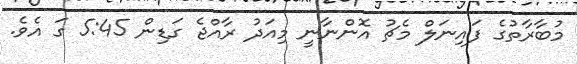
މުބާރާތުގެ ފައިނަލް މެޗު އޮންނާނީ މިއަދު ރާއްޖެ ގަޑިން 5:45 ގަ އެވެ.